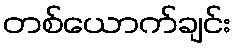
တစ်ယောက်ချင်း